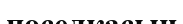
поселкасын